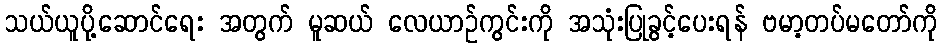
သယ်ယူပို့ဆောင်ရေး အတွက် မူဆယ် လေယာဉ်ကွင်းကို အသုံးပြုခွင့်ပေးရန် ဗမာ့တပ်မတော်ကို